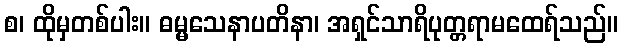
စ၊ ထိုမှတစ်ပါး။ ဓမ္မသေနာပတိနာ၊ အရှင်သာရိပုတ္တရာမထေရ်သည်။